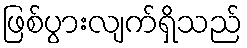
ဖြစ်ပွားလျက်ရှိသည်